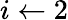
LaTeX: i\gets 2